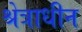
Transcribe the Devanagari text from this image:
श्रेत्राधीन